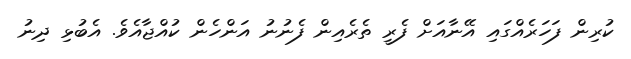
ކުރިން ފަހަރެއްގައި އޭނާއަށް ފެރީ ތެރެއިން ފެނުނު އަންހެން ކުއްޖާއެވެ. އެބުޅި ދިނު